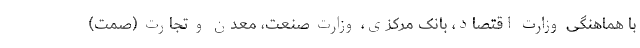
با هماهنگی وزارت اقتصاد، بانک مرکزی، وزارت صنعت، معدن و تجارت (صمت)